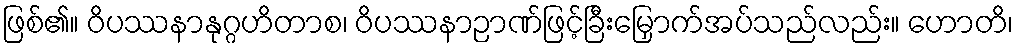
ဖြစ်၏။ ဝိပဿနာနုဂ္ဂဟိတာစ၊ ဝိပဿနာဉာဏ်ဖြင့်ခြီးမြှောက်အပ်သည်လည်း။ ဟောတိ၊